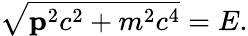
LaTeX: {\sqrt{\mathbf{p}^{2}c^{2}+m^{2}c^{4}}}=E.